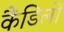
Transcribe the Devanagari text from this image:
कैंडिलों